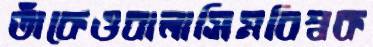
তাঁকেওবালাসিমবিশ্বক